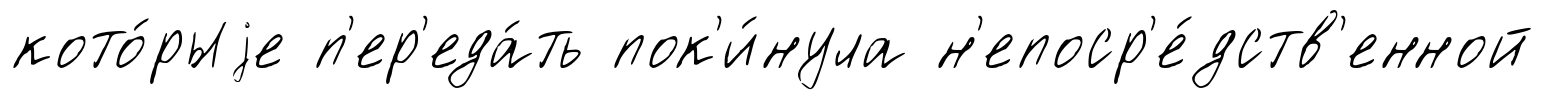
кото́рыjе п'ер'еда́ть пок'и́нула н'епоср'е́дств'енной